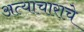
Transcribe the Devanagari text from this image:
अत्‍याचाराचे